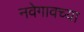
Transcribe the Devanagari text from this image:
नवेगावच्या